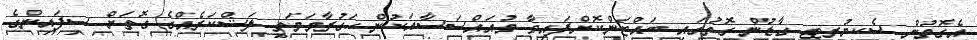
އެގޮތުން ސެކިޔުރިޓީ ގާޑުން ގޮތުގައި ބައްޓަންކޮށްފައިވާ މުއައްސަސާއަކުން ހަގުރާމަމަތީ ލަޝްކަރެއްގެ ގޮތަށް ސިފައިންގެ